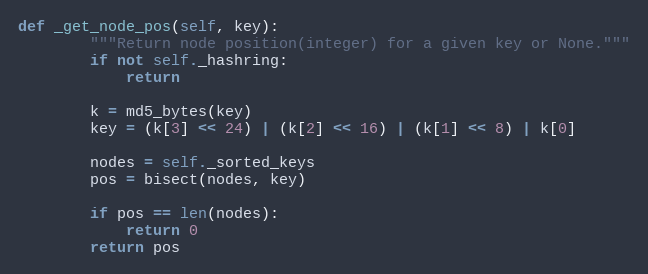
Language: Python
def _get_node_pos(self, key):
        """Return node position(integer) for a given key or None."""
        if not self._hashring:
            return

        k = md5_bytes(key)
        key = (k[3] << 24) | (k[2] << 16) | (k[1] << 8) | k[0]

        nodes = self._sorted_keys
        pos = bisect(nodes, key)

        if pos == len(nodes):
            return 0
        return pos